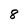
Character: 8